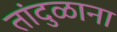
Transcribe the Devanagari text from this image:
तांदुळाना